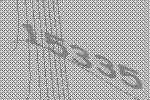
15335